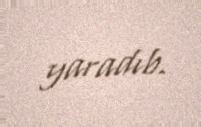
yaradıb.